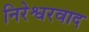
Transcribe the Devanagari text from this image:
निरेश्वरवाद